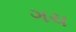
ગચ